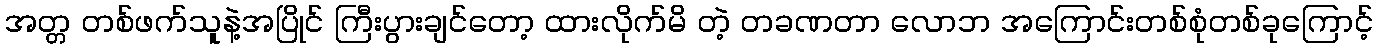
အတ္တ တစ်ဖက်သူနဲ့အပြိုင် ကြီးပွားချင်တော့ ထားလိုက်မိ တဲ့ တခဏတာ လောဘ အကြောင်းတစ်စုံတစ်ခုကြောင့်